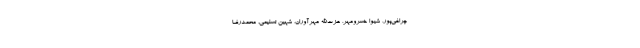
چراغی‌پور، شیوا خسرومهر، عزت‌الله مهرآوران، شهین تسلیمی، محمدرضا